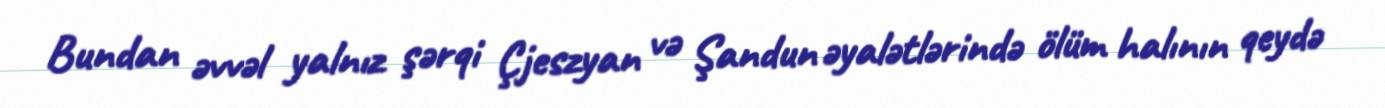
Bundan əvvəl yalnız şərqi Çjeszyan və Şandun əyalətlərində ölüm halının qeydə